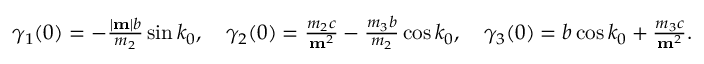
\begin{array} { r } { \gamma _ { 1 } ( 0 ) = - \frac { | { \bf m } | b } { m _ { 2 } } \sin k _ { 0 } , \quad \gamma _ { 2 } ( 0 ) = \frac { m _ { 2 } c } { { \bf m } ^ { 2 } } - \frac { m _ { 3 } b } { m _ { 2 } } \cos k _ { 0 } , \quad \gamma _ { 3 } ( 0 ) = b \cos k _ { 0 } + \frac { m _ { 3 } c } { { \bf m } ^ { 2 } } . } \end{array}